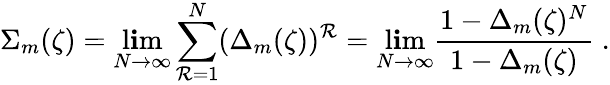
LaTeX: \Sigma_{m}(\zeta)=\operatorname*{l\mathbf{i}m}_{N\rightarrow\infty}\sum_{\mathcal{R}=1}^{N}(\Delta_{m}(\zeta))^{\mathcal{R}}=\operatorname*{l\mathbf{i}m}_{N\rightarrow\infty}{\frac{{1-\Delta_{m}(\zeta)^{N}}}{{1-\Delta_{m}(\zeta)}}}\; .